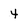
Character: 4